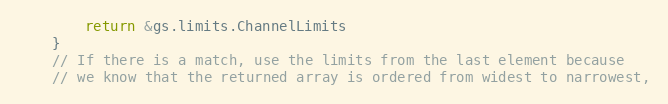
Language: Go
		return &gs.limits.ChannelLimits
	}
	// If there is a match, use the limits from the last element because
	// we know that the returned array is ordered from widest to narrowest,